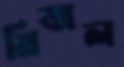
মিত্তাল